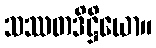
သဿတဒိဋ္ဌိယော။